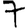
Digit: 7